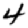
Digit: 4